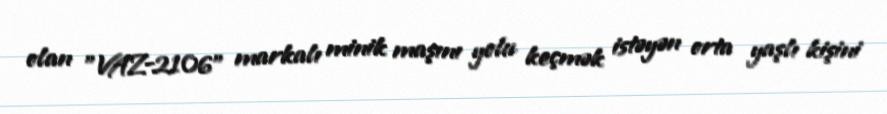
olan "VAZ-2106" markalı minik maşını yolu keçmək istəyən orta yaşlı kişini